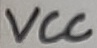
Text: VCC